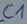
Text: C1